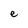
Character: e